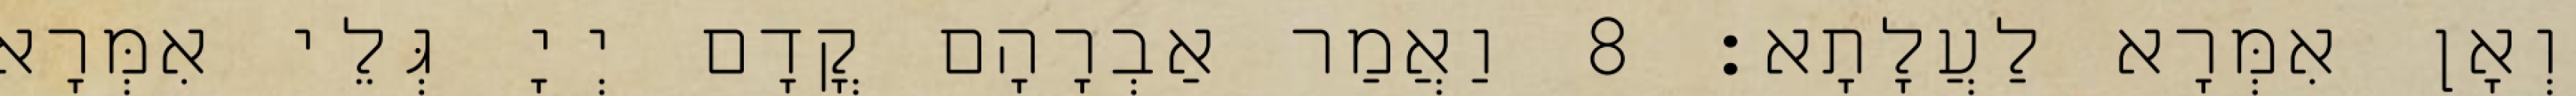
וְאָן אִמְּרָא לַעֲלָתָא׃ 8 וַאֲמַר אַבְרָהָם קֳדָם יְיָ גְּלֵי אִמְּרָא